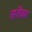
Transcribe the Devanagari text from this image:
तारीफ़ा